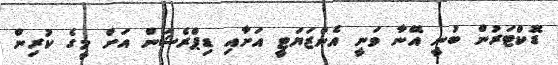
ޑޮކްޓަރުން ބުނީ އޭނާ ވަނީ އެންޒަޔަޓީ އަށާއި ޑިޕްރެޝަން އަށް މީގެ ކުރިން